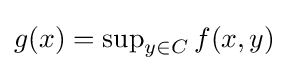
g(x)=\sup \nolimits _{y\in C}f(x,y)